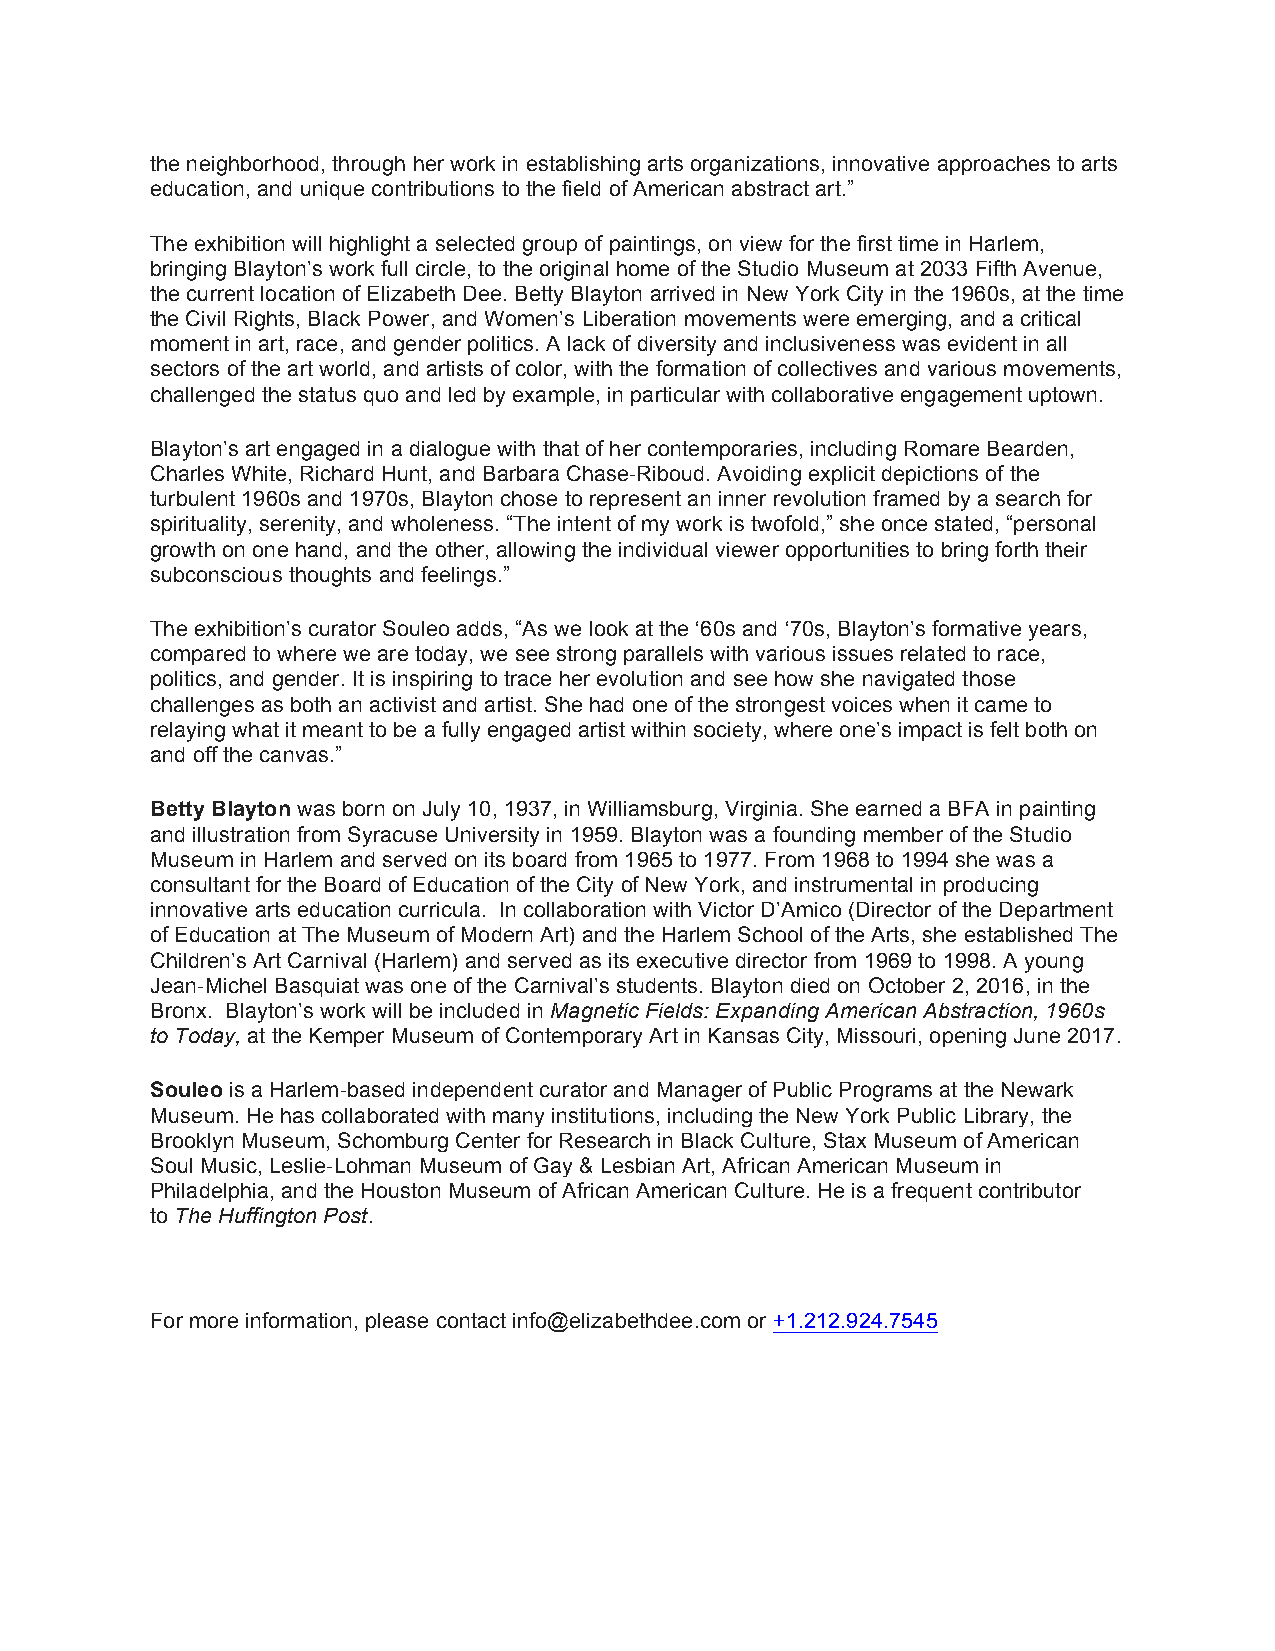
the neighborhood, through her work in establishing arts organizations, innovative approaches to arts
 education, and unique contributions to the field of American abstract art.”
 The exhibition will highlight a selected group of paintings, on view for the first time in Harlem,
 bringing Blayton’s work full circle, to the original home of the Studio Museum at 2033 Fifth Avenue,
 the current location of Elizabeth Dee. Betty Blayton arrived in New York City in the 1960s, at the time
 the Civil Rights, Black Power, and Women’s Liberation movements were emerging, and a critical
 moment in art, race, and gender politics. A lack of diversity and inclusiveness was evident in all
 sectors of the art world, and artists of color, with the formation of collectives and various movements,
 challenged the status quo and led by example, in particular with collaborative engagement uptown.
 Blayton’s art engaged in a dialogue with that of her contemporaries, including Romare Bearden,
 Charles White, Richard Hunt, and Barbara Chase-Riboud. Avoiding explicit depictions of the
 turbulent 1960s and 1970s, Blayton chose to represent an inner revolution framed by a search for
 spirituality, serenity, and wholeness. “The intent of my work is twofold,” she once stated, “personal
 growth on one hand, and the other, allowing the individual viewer opportunities to bring forth their
 subconscious thoughts and feelings.”
 The exhibition’s curator Souleo adds, “As we look at the ‘60s and ‘70s, Blayton’s formative years,
 compared to where we are today, we see strong parallels with various issues related to race,
 politics, and gender. It is inspiring to trace her evolution and see how she navigated those
 challenges as both an activist and artist. She had one of the strongest voices when it came to
 relaying what it meant to be a fully engaged artist within society, where one’s impact is felt both on
 and off the canvas.”
 Betty Blayton was born on July 10, 1937, in Williamsburg, Virginia. She earned a BFA in painting
 and illustration from Syracuse University in 1959. Blayton was a founding member of the Studio
 Museum in Harlem and served on its board from 1965 to 1977. From 1968 to 1994 she was a
 consultant for the Board of Education of the City of New York, and instrumental in producing
 innovative arts education curricula. In collaboration with Victor D’Amico (Director of the Department
 of Education at The Museum of Modern Art) and the Harlem School of the Arts, she established The
 Children’s Art Carnival (Harlem) and served as its executive director from 1969 to 1998. A young
 Jean-Michel Basquiat was one of the Carnival’s students. Blayton died on October 2, 2016, in the
 Bronx. Blayton’s work will be included in Magnetic Fields: Expanding American Abstraction, 1960s
 to Today, at the Kemper Museum of Contemporary Art in Kansas City, Missouri, opening June 2017.
 Souleo is a Harlem-based independent curator and Manager of Public Programs at the Newark
 Museum. He has collaborated with many institutions, including the New York Public Library, the
 Brooklyn Museum, Schomburg Center for Research in Black Culture, Stax Museum of American
 Soul Music, Leslie-Lohman Museum of Gay & Lesbian Art, African American Museum in
 Philadelphia, and the Houston Museum of African American Culture. He is a frequent contributor
 to The Huffington Post.
 For more information, please contact info@elizabethdee.com or +1.212.924.7545